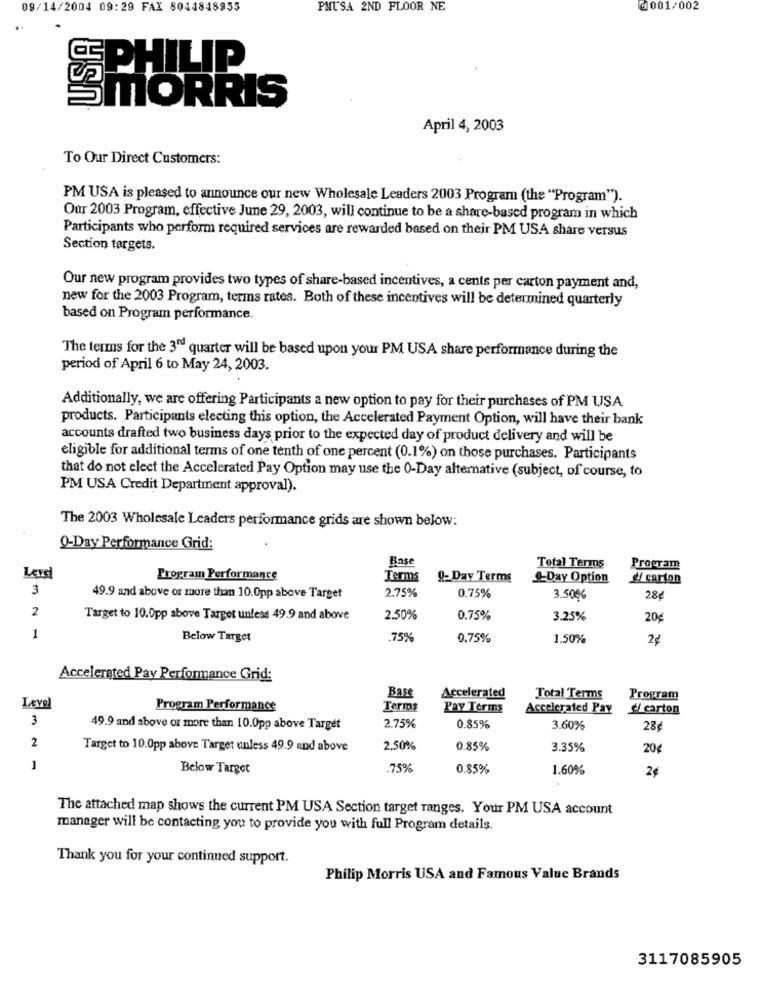
09/14/2004 09:29 FAX 8044848955
PMUSA 2ND FLOOR NE
@001/002
PHILIP
SMORRIS
April 4, 2003
To Our Direct Customers:
PM USA is pleased to announce our new Wholesale Leaders 2003 Program (the "Program").
Our 2003 Program, effective June 29, 2003, will continue to be a share-based program in which
Participants who perform required services are rewarded based on their PM USA share versus
Section targets.
Our new program provides two types of share-based incentives, a cents per carton payment and,
new for the 2003 Program, terms rates. Both of these incentives will be determined quarterly
based on Program performance.
The terms for the 3rd quarter will be based upon your PM USA share performance during the
period of April 6 to May 24, 2003.
Additionally, we are offering Participants a new option to pay for their purchases of PM USA
products. Participants electing this option, the Accelerated Payment Option, will have their bank
accounts drafted two business days prior to the expected day of product delivery and will be
eligible for additional terms of one tenth of one percent (0.1%) on those purchases. Participants
that do not elect the Accelerated Pay Option may use the 0-Day alternative (subject, of course, to
PM USA Credit Department approval).
The 2003 Wholesale Leaders performance grids are shown below:
0-Day Performance Grid:
Base
Total Terms
Proeram
Level
Program Performance
Terms
Q-Day Terms
1-Day Option
d/ carton
3
2.75%
49.9 and above or more than 10.0pp above Target
0.75%
3.50%
28€
2
Target to 10.0pp above Target unless 49.9 and above
2.50%
0.75%
3.25%
20€
1
Below Target
.75%
0.75%
1.50%
Accelerated Pay Performance Grid:
Base
Accelerated
Total Terms
Program
Level
Program Performance
Terms
Pay Terms
Accelerated Pay
d/ carton
3
49.9 and above or more than 10.0pp above Target
2.75%
0.85%
3.60%
28€
2
Target to 10.0pp above Target unless 49.9 and above
2,50%
0.85%
3.35%
20€
1
Below Target
.75%
0.85%
1.60%
2¢
The attached map shows the current PM USA Section target ranges. Your PM USA account
manager will be contacting you to provide you with full Program details.
Thank you for your continued support.
Philip Morris USA and Famous Value Brands
3117085905